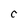
Character: C